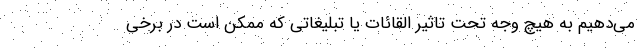
می‌‌دهیم به هیچ وجه تحت تاثیر القائات یا تبلیغاتی که ممکن است در برخی